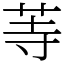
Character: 䓁